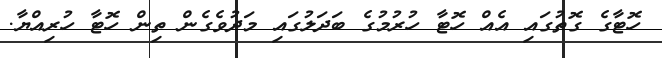
ހޮޓާގެ ގޮތުގައި އެއް ހޮޓާ ހުރުމުގެ ބަދަލުގައި މަދުވެގެން ތިން ހޮޓާ ހުރިއްޔާ.